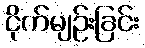
ငိုက်မျဉ်းခြင်း